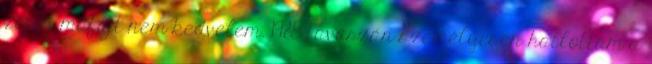
zenei műfajt nem kedvelem. 1985 tavaszán személyesen hallottam a